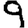
Digit: 9